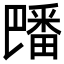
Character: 𪽡